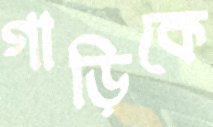
গাড়িকে